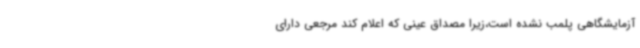
آزمایشگاهی پلمب نشده است،زیرا مصداق عینی که اعلام کند مرجعی دارای